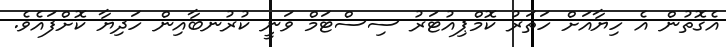
އެގޮތުން އެ ހިޔާއަށް ހަތަރު ކޮމްޕިއުޓަރު ސިސްޓަމް ވަނީ ކުރުނބާއިން ހަދިޔާ ކޮށްފައެވެ.